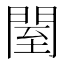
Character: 𨴗